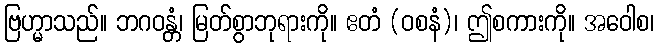
ဗြဟ္မာသည်။ ဘဂဝန္တံ၊ မြတ်စွာဘုရားကို။ ဧတံ (ဝစနံ)၊ ဤစကားကို။ အဝေါစ၊